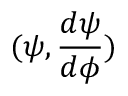
( \psi , \frac { d \psi } { d \phi } )